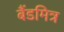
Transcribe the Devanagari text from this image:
बैंडमित्र